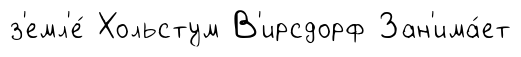
з'емл'е́ Хольстум В'ирсдорф Зан'има́ет